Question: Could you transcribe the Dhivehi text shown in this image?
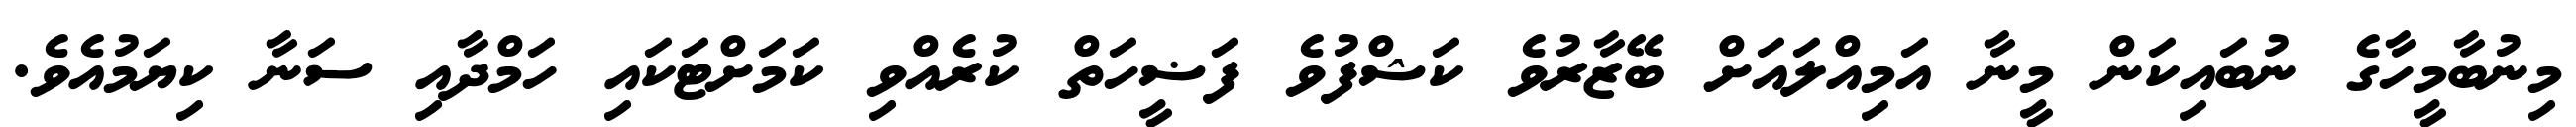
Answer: މިނުބާމީހާގެ ނުބައިކަން މީނާ އަމިއްލައަށް ބޭޒާރުވެ ކަޝްފުވެ ފަޟީހަތް ކުރެއްވި ކަމަށްޓަކައި ހަމްދާއި ސަނާ ކިޔަމުއެވެ.